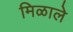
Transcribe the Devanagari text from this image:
मिळालेे